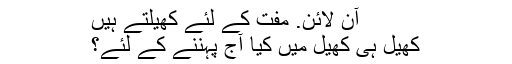
آن لائن. مفت کے لئے کھیلتے ہیں
کھیل ہی کھیل میں کیا آج پہننے کے لئے؟